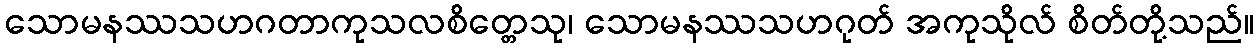
သောမနဿသဟဂတာကုသလစိတ္တေသု၊ သောမနဿသဟဂုတ် အကုသိုလ် စိတ်တို့သည်။